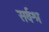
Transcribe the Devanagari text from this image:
सर्वश्र